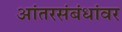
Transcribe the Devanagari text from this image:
आंतरसंबंधांवर